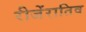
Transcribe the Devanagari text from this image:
रीजेंरातिव